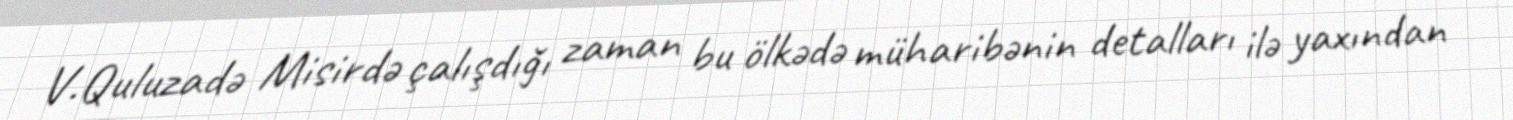
V.Quluzadə Misirdə çalışdığı zaman bu ölkədə müharibənin detalları ilə yaxından